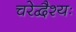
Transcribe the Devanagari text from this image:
चरेद्वैश्यः